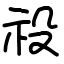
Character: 祋